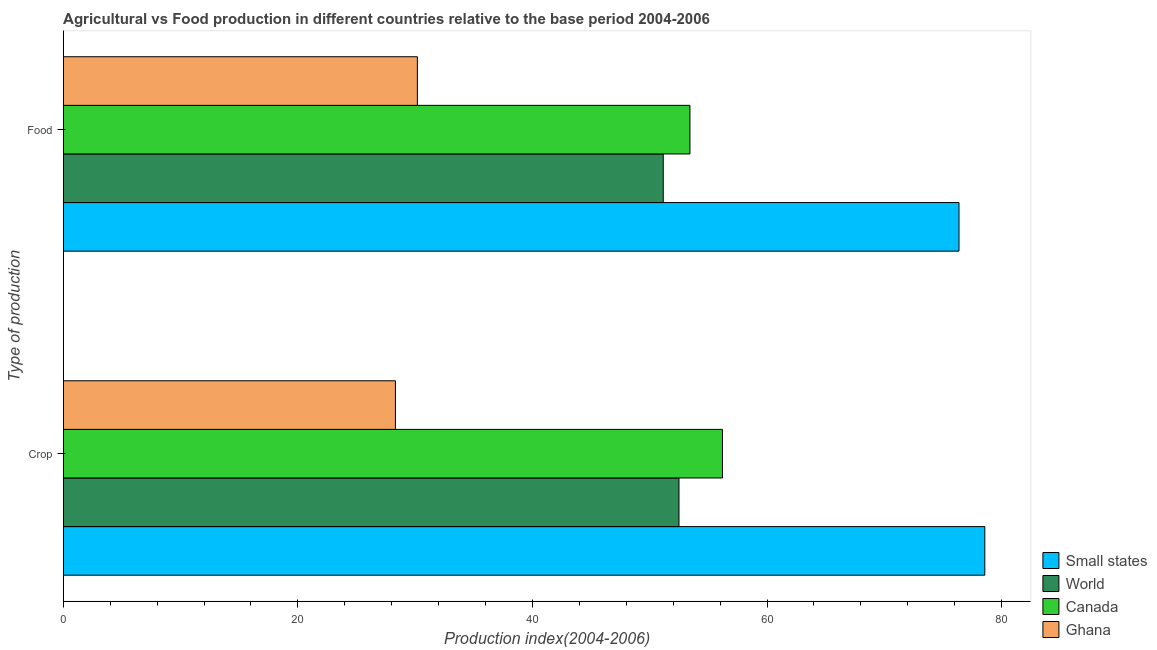
| Type of production | Small states | World | Canada | Ghana |
 | --- | --- | --- | --- | --- |
 | Crop | 78.6 | 52.5 | 56.2 | 28.3 |
 | Food | 76.4 | 51.2 | 53.4 | 30.2 |